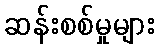
ဆန်းစစ်မှုများ